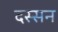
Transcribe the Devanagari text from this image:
दस्सन